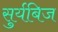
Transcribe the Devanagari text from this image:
सुर्यबिज